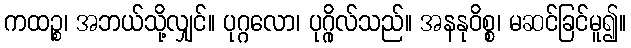
ကထဉ္စ၊ အဘယ်သို့လျှင်။ ပုဂ္ဂလော၊ ပုဂ္ဂိုလ်သည်။ အနနုဝိစ္စ၊ မဆင်ခြင်မူ၍။